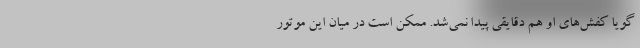
گویا کفش‌های او هم دقایقی پیدا نمی‌شد. ممکن است در میان این موتور